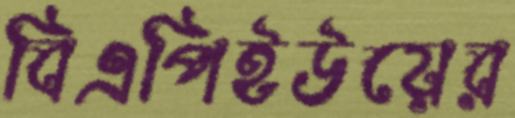
বিএপিইউয়ের